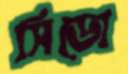
সিডো